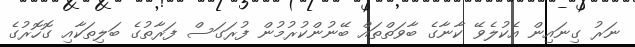
ނަރު ގިނައިން އެކުލެވޭ ކާނާގެ ބާވަތްތައް ބޭނުންކުރުމުން ފުރަގަސް ފަރާތުގެ ބަލިތަކާއި ގޮހޮރުގެ